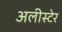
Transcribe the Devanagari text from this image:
अलीस्टेर